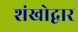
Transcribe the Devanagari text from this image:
शंखोद्वार